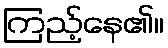
ကြည့်နေ၏။